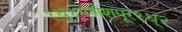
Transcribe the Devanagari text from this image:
१ध्४गणेशपूर१ध्२